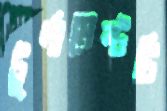
টুর্নামেন্টটি